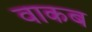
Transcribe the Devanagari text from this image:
वाकब